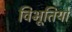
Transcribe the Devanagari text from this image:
विभूतियो